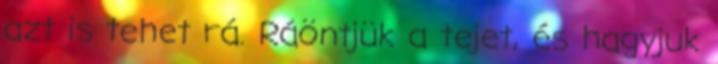
azt is tehet rá. Ráöntjük a tejet, és hagyjuk